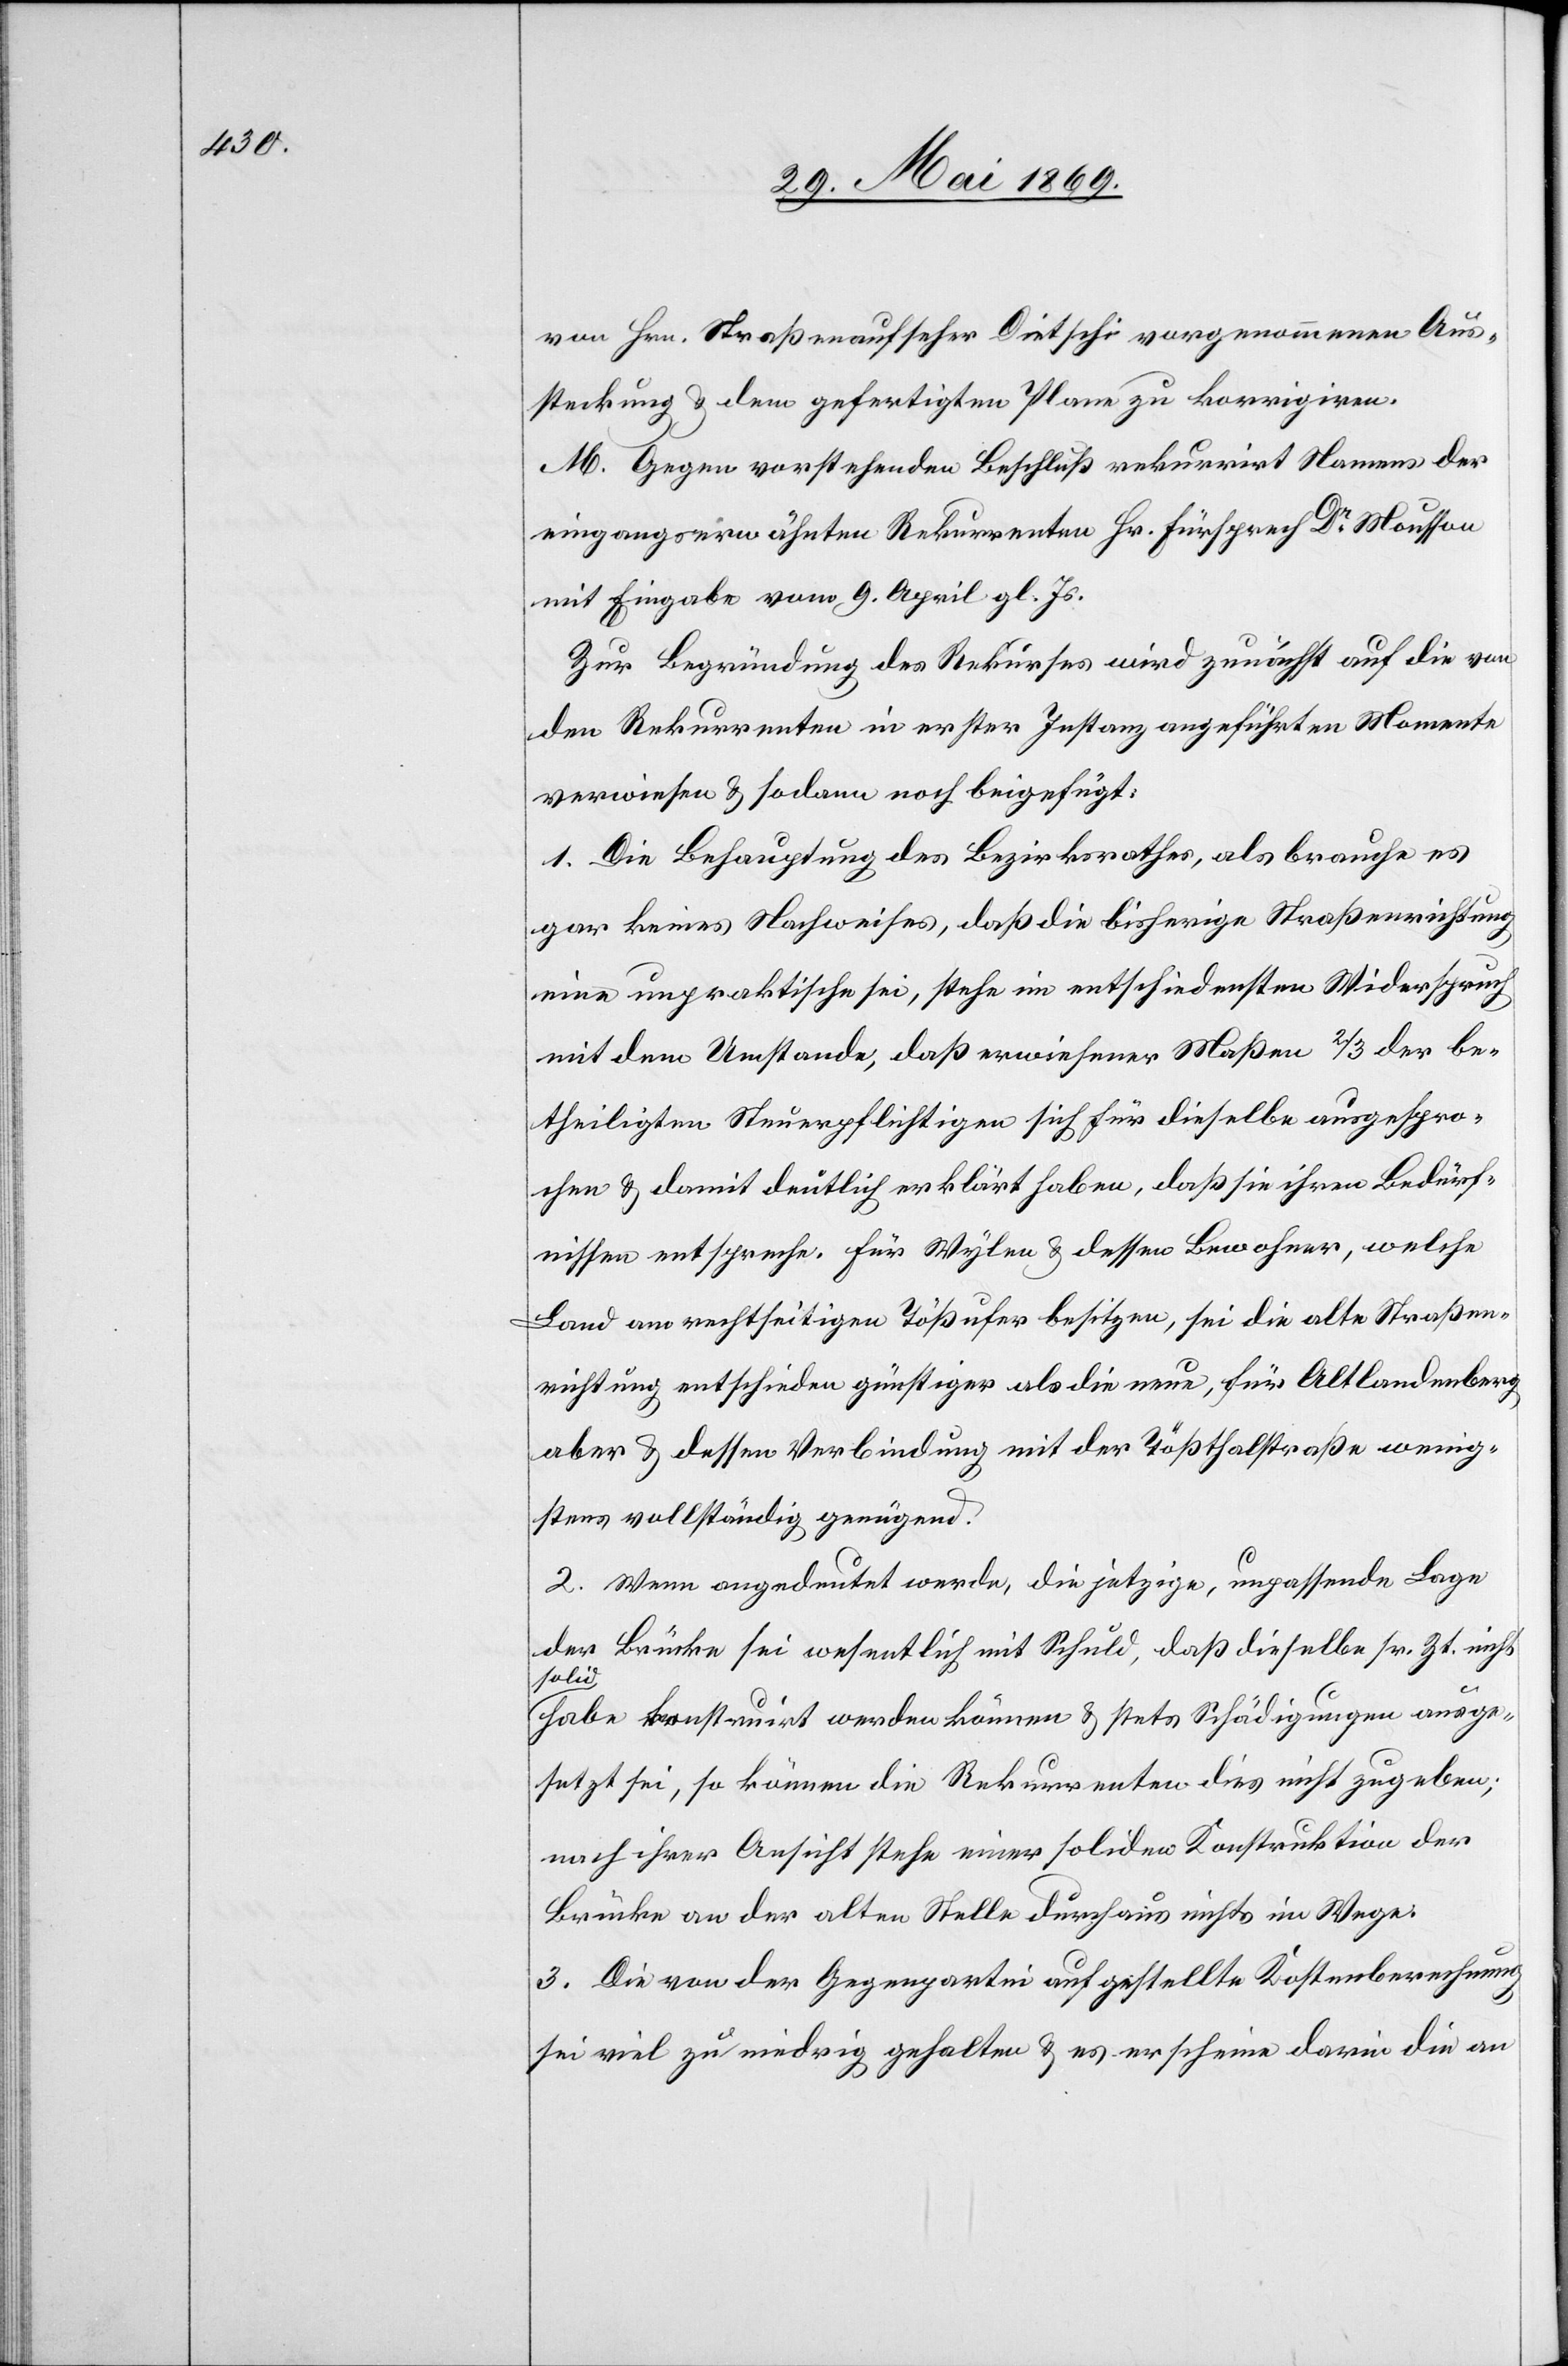
von Hrn. Straßenaufseher Dietschi vorgenommenen Aus¬
steckung u. dem gefertigten Plane zu korrigiren.
M. Gegen vorstehenden Beschluß rekurrirt Namens der
eingangserwähnten Rekurrenten Hr. Fürsprech Dr Mousson
mit Eingabe vom 9. April gl. Js.
Zur Begründung des Rekurses wird zunächst auf die von
den Rekurrenten in erster Instanz angeführten Momente
verwiesen u. sodann noch beigefügt:
1. Die Behauptung des Bezirksrathes, als brauche es
gar keines Nachweises, daß die bisherige Straßenrichtung
eine unpraktische sei, stehe im entschiedensten Widerspruch
mit dem Umstande, daß erwiesener Maßen 2/3 der be¬
theiligten Steuerpflichtigen sich für dieselbe ausgespro¬
chen u. damit deutlich erklärt haben, daß sie ihren Bedürf¬
nissen entspreche. Für Wylen u. dessen Bewohner, welche
Land am rechtseitigen Tößufer besitzen, sei die alte Straßen¬
richtung entschieden günstiger als die neue, für Altlandenberg
aber u. dessen Verbindung mit der Tößthalstraße wenig¬
stens vollständig genügend.
2. Wenn angedeutet werde, die jetzige, unpassende Lage
der Brücke sei wesentlich mit Schuld, daß dieselbe sr. Zt. nicht
solid
habe konstruirt werden können u. stets Beschädigungen ausge¬
setzt sei, so können die Rekurrenten dies nicht zugegeben;
nach ihrer Ansicht stehe einer soliden Konstruktion der
Brücke an der alten Stelle durchaus nichts im Wege:
3. Die von der Gegenpartei aufgestellte Kostenberechnung
sei viel zu niedrig gehalten u. es erscheine darin die an